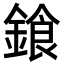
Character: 𨩭